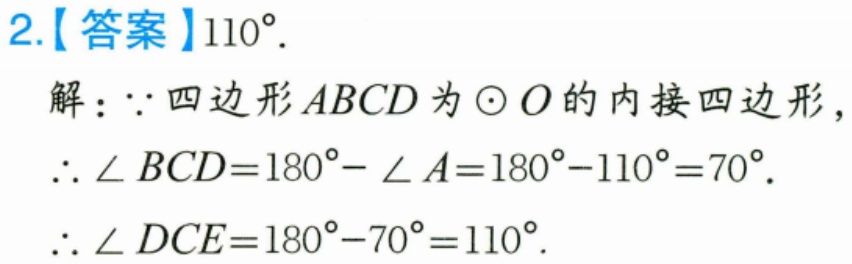
2.【答案】\(110^{\circ}\).
解：\(\because\)四边形\(ABCD\)为\(\odot O\)的内接四边形，
\(\therefore \angle BCD = 180^{\circ}-\angle A=180^{\circ}-110^{\circ}=70^{\circ}\).
\(\therefore \angle DCE = 180^{\circ}-70^{\circ}=110^{\circ}\).